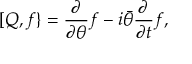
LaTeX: [ Q , f \} = { \frac { \partial } { \partial \theta } } f - i { \bar { \theta } } { \frac { \partial } { \partial t } } f ,